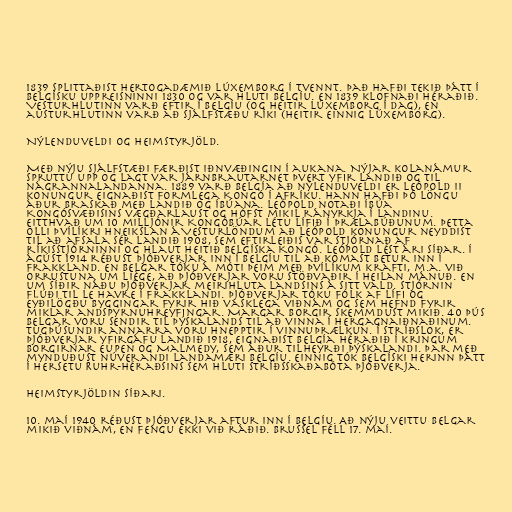
1839 splittaðist hertogadæmið Lúxemborg í tvennt. Það hafði tekið þátt í
belgísku uppreisninni 1830 og var hluti Belgíu. En 1839 klofnaði héraðið.
Vesturhlutinn varð eftir í Belgíu (og heitir Lúxemborg í dag), en
austurhlutinn varð að sjálfstæðu ríki (heitir einnig Lúxemborg).

Nýlenduveldi og heimstyrjöld.

Með nýju sjálfstæði færðist iðnvæðingin í aukana. Nýjar kolanámur
spruttu upp og lagt var járnbrautarnet þvert yfir landið og til
nágrannalandanna. 1889 varð Belgía að nýlenduveldi er Leópold II
konungur eignaðist formlega Kongó í Afríku. Hann hafði þó löngu
áður braskað með landið og íbúana. Leópold notaði íbúa
Kongósvæðisins vægðarlaust og hófst mikil rányrkja í landinu.
Eitthvað um 10 milljónir Kongóbúar létu lífið í þrælabúðunum. Þetta
olli þvílíkri hneikslan á Vesturlöndum að Leópold konungur neyddist
til að afsala sér landið 1908, sem eftirleiðis var stjórnað af
ríkisstjórninni og hlaut heitið Belgíska Kongó. Leópold lést ári síðar. Í
ágúst 1914 réðust Þjóðverjar inn í Belgíu til að komast betur inn í
Frakkland. En Belgar tóku á móti þeim með þvílíkum krafti, m.a. við
orrustuna um Liège, að Þjóðverjar voru stöðvaðir í heilan mánuð. En
um síðir náðu Þjóðverjar meirihluta landsins á sitt vald. Stjórnin
flúði til Le Havre í Frakklandi. Þjóðverjar tóku fólk af lífi og
eyðilögðu byggingar fyrir hið vasklega viðnám og sem hefnd fyrir
miklar andspyrnuhreyfingar. Margar borgir skemmdust mikið. 40 þús
Belgar voru sendir til Þýskalands til að vinna í hergagnaiðnaðinum.
Tugþúsundir annarra voru hnepptir í vinnuþrælkun. Í stríðslok, er
Þjóðverjar yfirgáfu landið 1918, eignaðist Belgía héraðið í kringum
borgirnar Eupen og Malmedy, sem áður tilheyrði Þýskalandi. Þar með
mynduðust núverandi landamæri Belgíu. Einnig tók belgíski herinn þátt
í hersetu Ruhr-héraðsins sem hluti stríðsskaðabóta Þjóðverja.

Heimstyrjöldin síðari.

10. maí 1940 réðust Þjóðverjar aftur inn í Belgíu. Að nýju veittu Belgar
mikið viðnám, en fengu ekki við ráðið. Brussel féll 17. maí.